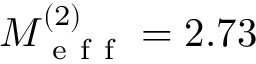
M _ { \mathrm { ~ e ~ f ~ f ~ } } ^ { ( 2 ) } = 2 . 7 3